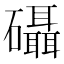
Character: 𮁖